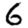
Digit: 6